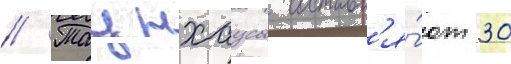
// Таунхаусы составл'я́ют 30